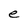
Character: e